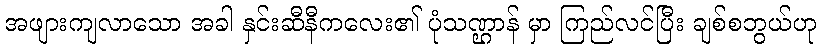
အဖျားကျလာသော အခါ နှင်းဆီနီကလေး၏ ပုံသဏ္ဌာန် မှာ ကြည်လင်ပြီး ချစ်စဘွယ်ဟု